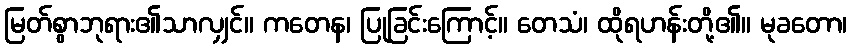
မြတ်စွာဘုရား၏သာလျှင်။ ကတေန၊ ပြုခြင်းကြောင့်။ တေသံ၊ ထိုရဟန်းတို့၏။ မုခတော၊